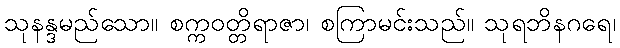
သုနန္ဒမည်သော။ စက္ကဝတ္တိရာဇာ၊ စကြာမင်းသည်။ သုရဘိနဂရေ၊